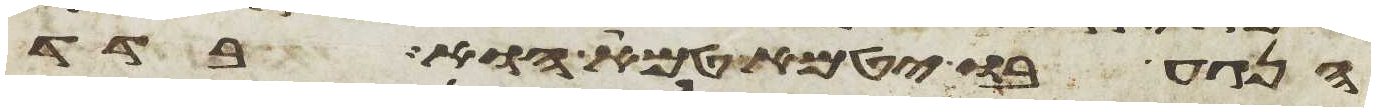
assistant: הנגע בו יטמא טמא הוא בדד